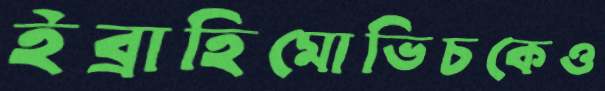
ইব্রাহিমোভিচকেও